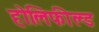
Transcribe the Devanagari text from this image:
होलिफील्ड